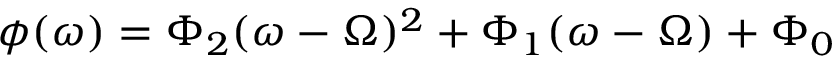
\phi ( \omega ) = \Phi _ { 2 } ( \omega - \Omega ) ^ { 2 } + \Phi _ { 1 } ( \omega - \Omega ) + \Phi _ { 0 }